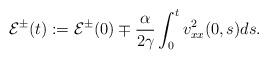
LaTeX: \begin{align*}\mathcal{E}^{\pm}(t):=\mathcal{E}^{\pm}(0) \mp\frac{\alpha}{2\gamma}\int_0^{t}v^2_{xx}(0,s)ds.\end{align*}